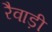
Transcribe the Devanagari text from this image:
रैवाड़ी